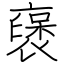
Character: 襃